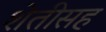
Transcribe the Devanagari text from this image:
शेतीसह